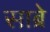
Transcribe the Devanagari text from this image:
साब्रे